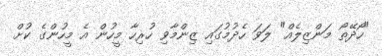
"ހޯދޭތޯ މަންޒިލެއް" ލަވަ ހެދުމުގައި ޒިންމާވި ހުރިހާ މީހުން އެ މީހުންގެ ކުށް